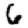
Digit: 6